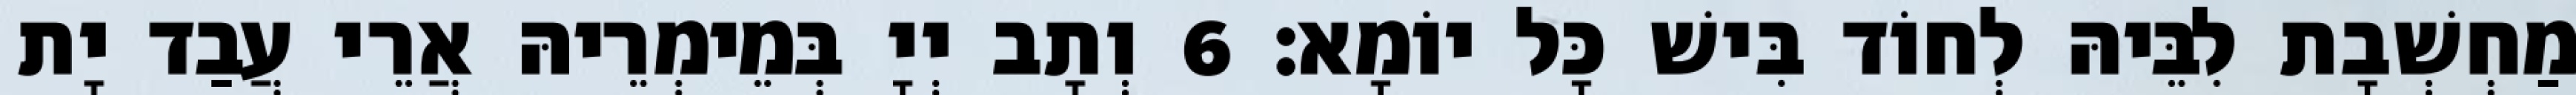
מַחְשְׁבָת לִבֵּיהּ לְחוֹד בִּישׁ כָּל יוֹמָא׃ 6 וְתָב יְיָ בְּמֵימְרֵיהּ אֲרֵי עֲבַד יָת